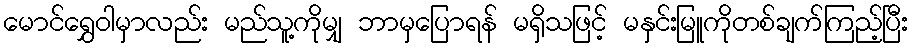
မောင်ရွှေဝါမှာလည်း မည်သူ့ကိုမျှ ဘာမှပြောရန် မရှိသဖြင့် မနှင်းမြူကိုတစ်ချက်ကြည့်ပြီး